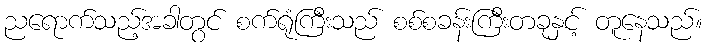
ညရောက်သည့်အခါတွင် စက်ရုံကြီးသည် စစ်စခန်းကြီးတခုနှင့် တူနေသည်။